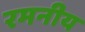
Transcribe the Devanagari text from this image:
रमनीय